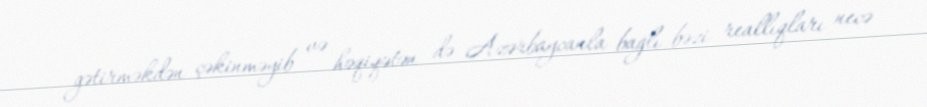
gətirməkdən çəkinməyib və həqiqətən də Azərbaycanla bağlı bəzi reallıqları necə